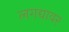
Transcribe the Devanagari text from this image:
लगद्यावर